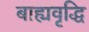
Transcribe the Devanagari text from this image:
बाह्यवृद्धि